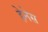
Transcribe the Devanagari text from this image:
हेनेस